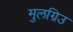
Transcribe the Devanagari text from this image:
मुलग्रिउ